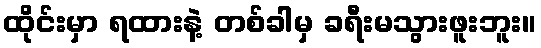
ထိုင်းမှာ ရထားနဲ့ တစ်ခါမှ ခရီးမသွားဖူးဘူး။